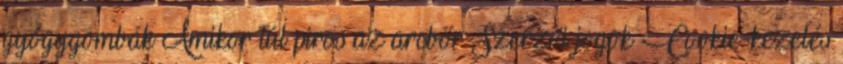
gyógygombák Amikor túl piros az arcbőr Szerzői jogok Cookie-kezelés